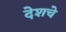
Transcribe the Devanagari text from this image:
देशचे